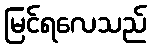
မြင်ရလေသည်